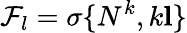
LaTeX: \mathcal{F}_{l}=\sigma\{ N^{k},k\le l\}